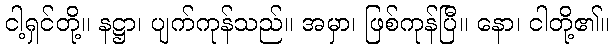
ငါ့ရှင်တို့။ နဋ္ဌာ၊ ပျက်ကုန်သည်။ အမှာ၊ ဖြစ်ကုန်ပြီ။ နော၊ ငါတို့၏။